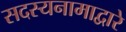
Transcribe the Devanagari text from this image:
सदस्यनामाद्वारे